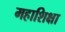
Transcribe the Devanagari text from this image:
महाशिक्षा